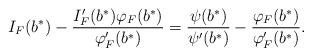
LaTeX: \begin{align*}I_F(b^*) - \frac{I_F'(b^*) \varphi_F(b^*)}{\varphi_F'(b^*)} = \frac{\psi(b^*)}{\psi'(b^*)} - \frac{\varphi_F(b^*)}{\varphi_F'(b^*)}.\end{align*}